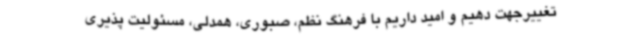
تغییرجهت دهیم و امید داریم با فرهنگ نظم، صبوری، همدلی، مسئولیت پذیری